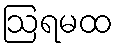
ဩရမထ